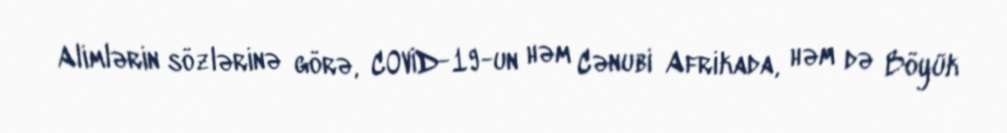
Alimlərin sözlərinə görə, COVİD-19-un həm Cənubi Afrikada, həm də Böyük